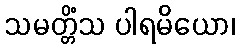
သမတ္တိံသ ပါရမိယော၊